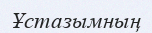
Ұстазымның